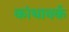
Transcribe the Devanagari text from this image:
कांथावर्क